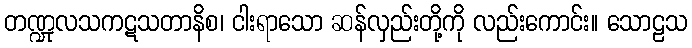
တဏ္ဍုလသကဋသတာနိစ၊ ငါးရာသော ဆန်လှည်းတို့ကို လည်းကောင်း။ သောဠသ